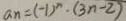
a _ { n } = ( - 1 ) ^ { n } \cdot ( 3 n - 2 )